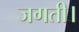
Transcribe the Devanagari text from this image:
जगती।